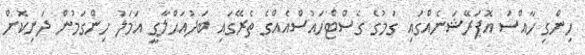
ހިންގި ހާއްސަ އޮޕަރޭޝަނެއްގައި ގަމުގެ ގެސްޓްހައުސްއެއްގެ ތެރޭގައި ބަދުއަޙްލާގީ އަމަލު ހިންގަމުން ދަނިކޮށް